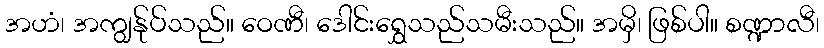
အဟံ၊ အကျွန်ုပ်သည်။ ဝေဏီ၊ ဒေါင်းရွှေသည်သမီးသည်။ အမှိ၊ ဖြစ်ပါ။ စဏ္ဍာလီ၊